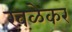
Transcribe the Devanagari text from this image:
खळेकर